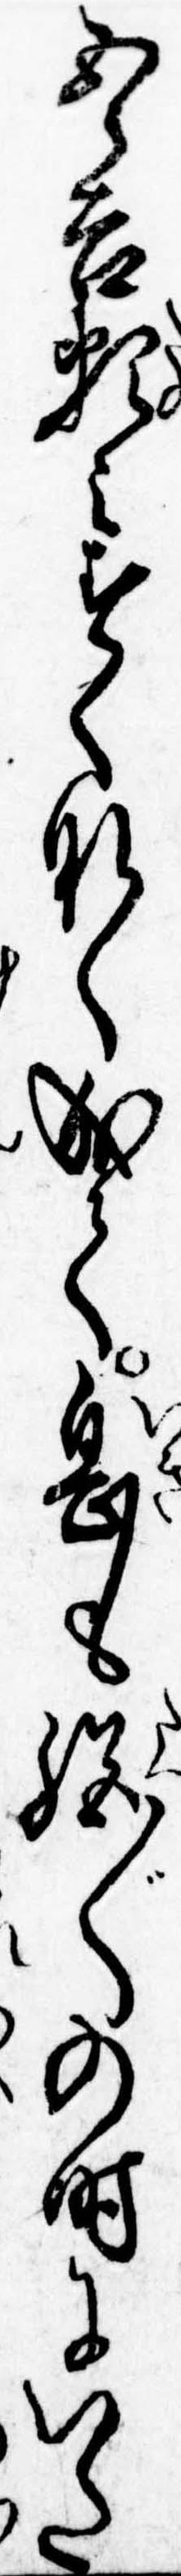
五郎吉頼みすくなく成て息も絶〲の時にいた